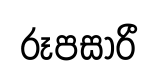
රූපසාරී